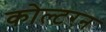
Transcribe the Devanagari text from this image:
कोल्टरन